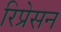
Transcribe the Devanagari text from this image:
रिप्रेसन